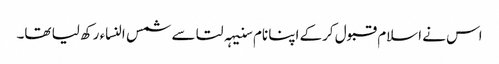
اس نے اسلام قبول کرکے اپنا نام سنیہہ لتا سے شمس النساء رکھ لیا تھا۔